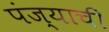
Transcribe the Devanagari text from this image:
पंज्याची